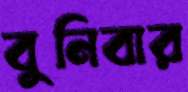
বুনিবার